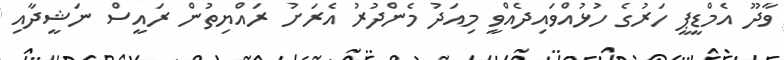
ވާދޫ އެމްޑީޕީ ހަރުގެ ހުޅުއްވައިދެއްވީ މިއަދު މެންދުރު އެރަށު ރައްޔިތުން ރައީސް ނަޝީދާއި